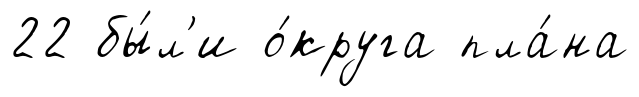
22 бы́л'и о́круга пла́на